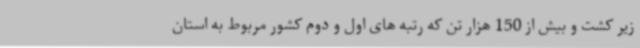
زیر کشت و بیش از 150 هزار تن که رتبه های اول و دوم کشور مربوط به استان